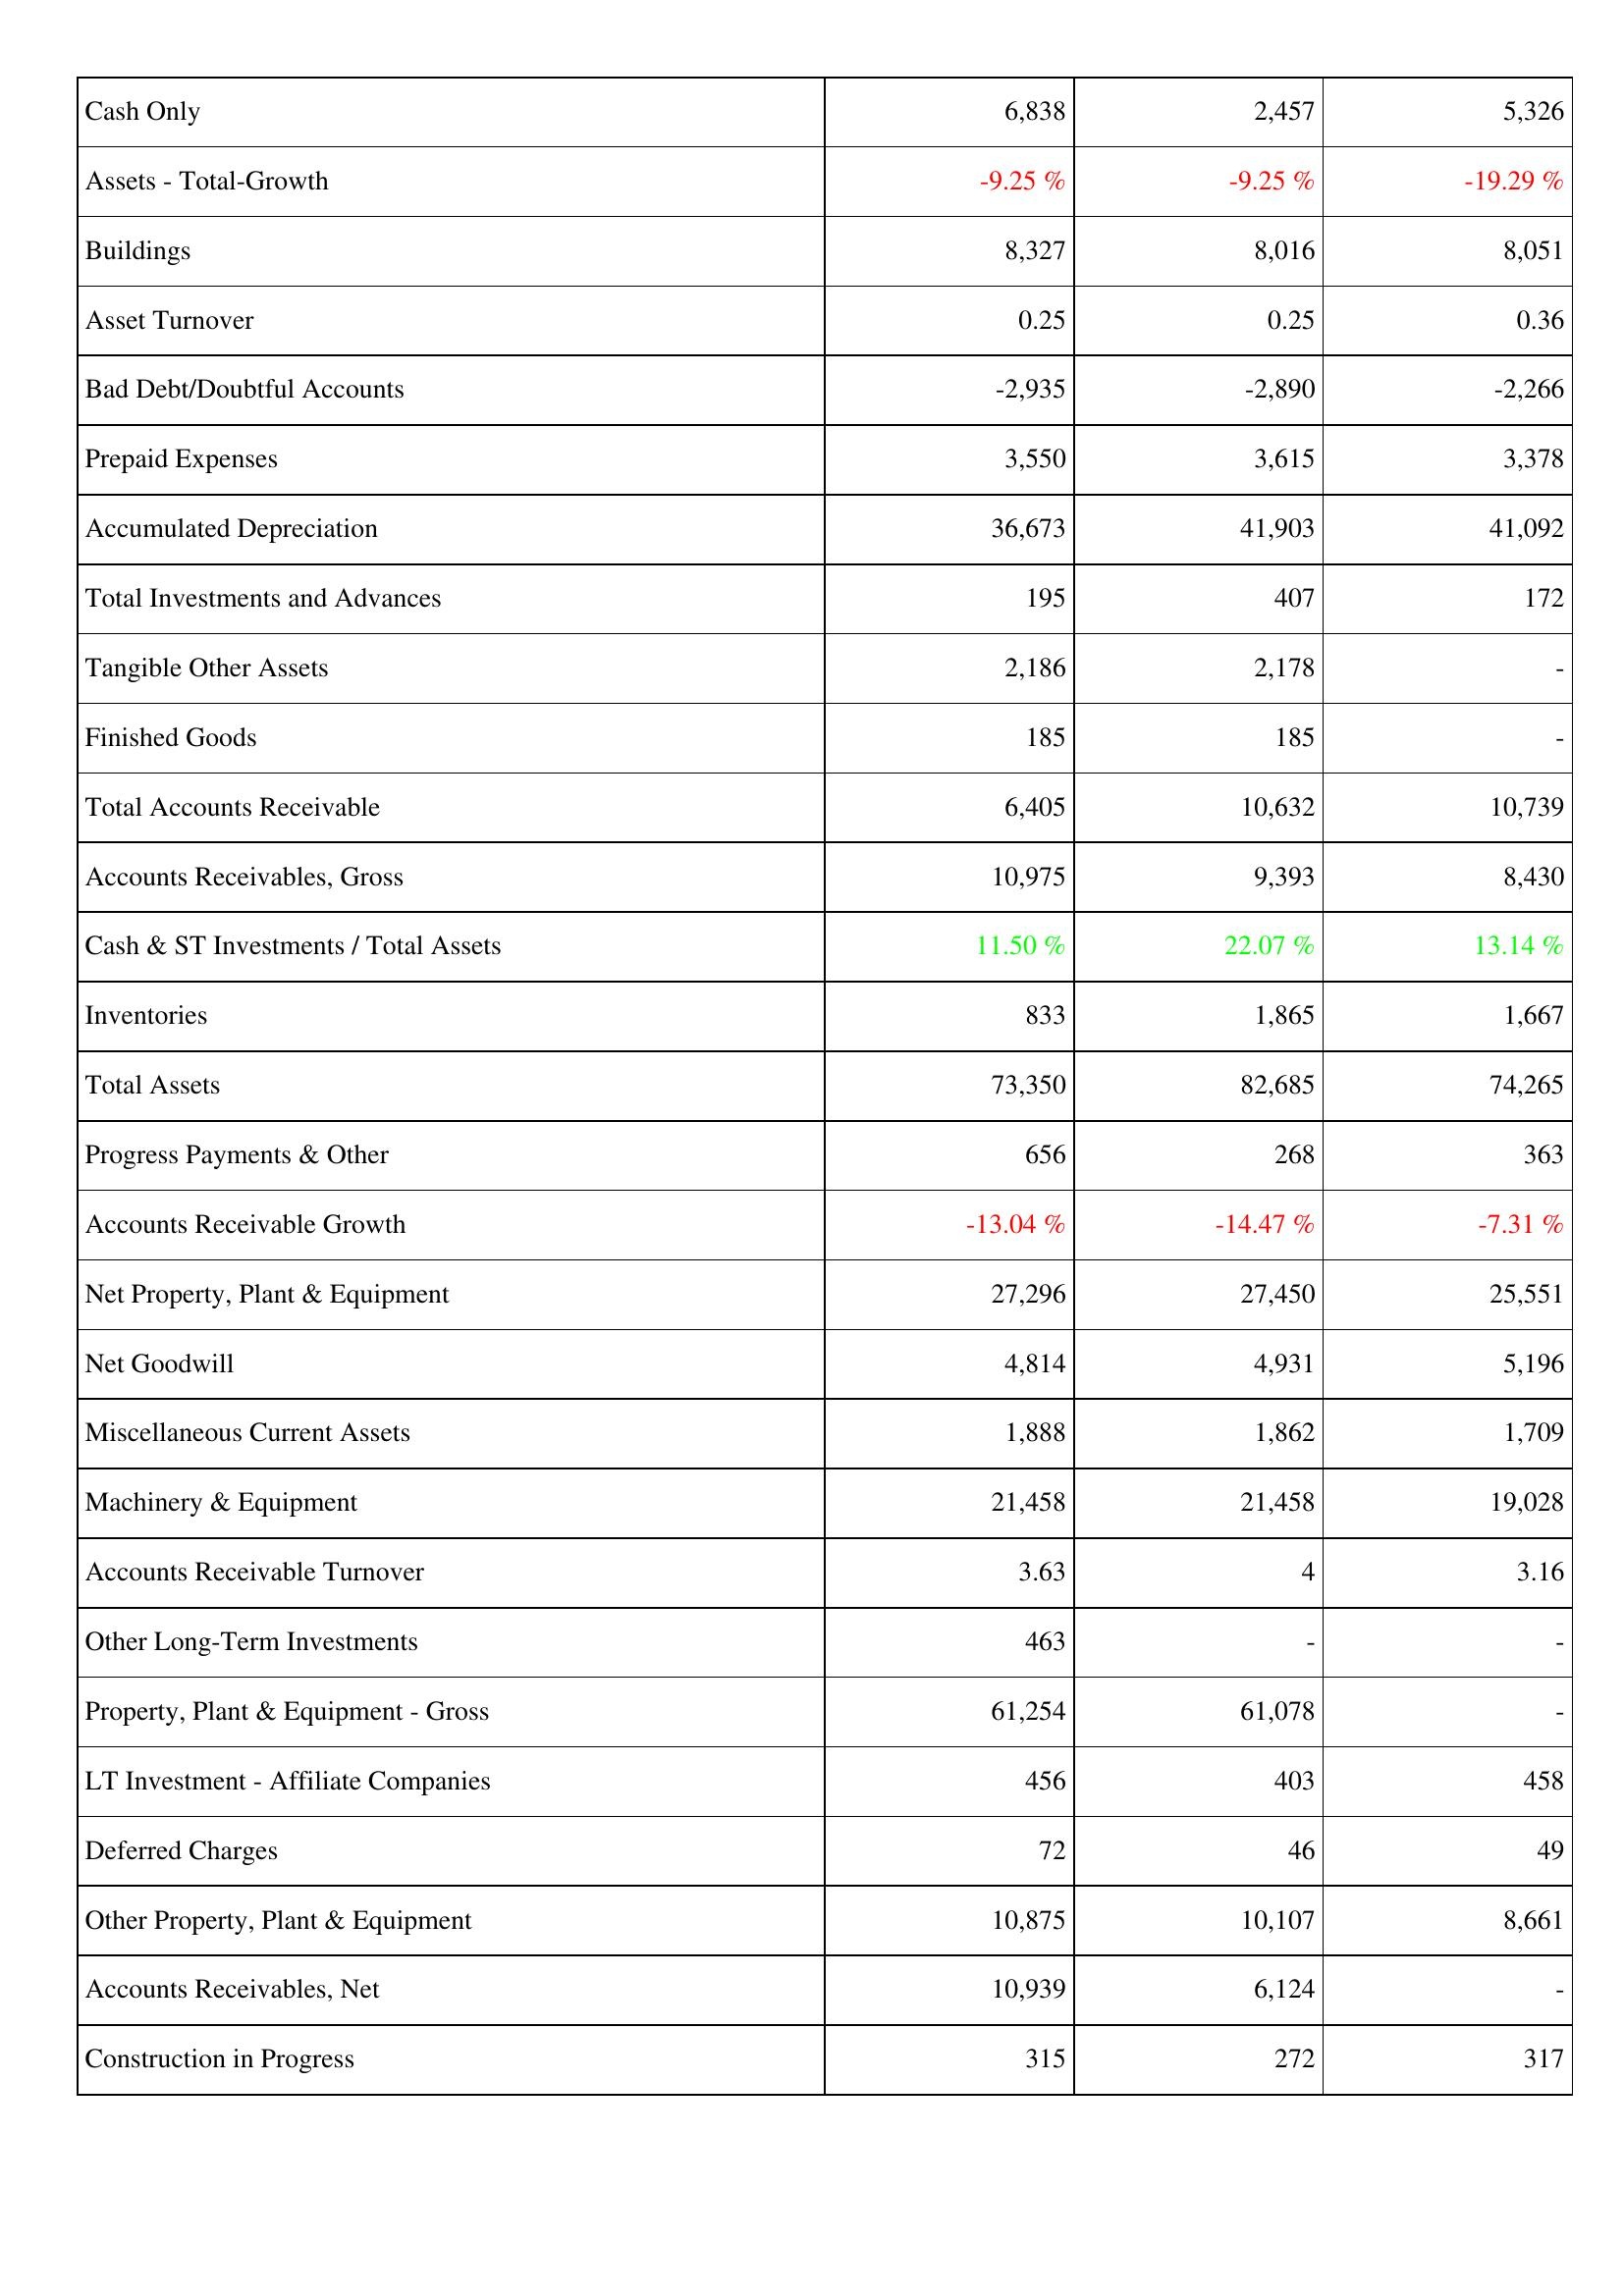
2020: Assets: Cash Only: 6,838
Assets - Total-Growth: -9.25 %
Buildings: 8,327
Asset Turnover: 0.25
Bad Debt/Doubtful Accounts: -2,935
Prepaid Expenses: 3,550
Accumulated Depreciation: 36,673
Total Investments and Advances: 195
Tangible Other Assets: 2,186
Finished Goods: 185
Total Accounts Receivable: 6,405
Accounts Receivables, Gross: 10,975
Cash & ST Investments / Total Assets: 11.50 %
Inventories: 833
Total Assets: 73,350
Progress Payments & Other: 656
Accounts Receivable Growth: -13.04 %
Net Property, Plant & Equipment: 27,296
Net Goodwill: 4,814
Miscellaneous Current Assets: 1,888
Machinery & Equipment: 21,458
Accounts Receivable Turnover: 3.63
Other Long-Term Investments: 463
Property, Plant & Equipment - Gross: 61,254
LT Investment - Affiliate Companies: 456
Deferred Charges: 72
Other Property, Plant & Equipment: 10,875
Accounts Receivables, Net: 10,939
Construction in Progress: 315
2021: Assets: Cash Only: 2,457
Assets - Total-Growth: -9.25 %
Buildings: 8,016
Asset Turnover: 0.25
Bad Debt/Doubtful Accounts: -2,890
Prepaid Expenses: 3,615
Accumulated Depreciation: 41,903
Total Investments and Advances: 407
Tangible Other Assets: 2,178
Finished Goods: 185
Total Accounts Receivable: 10,632
Accounts Receivables, Gross: 9,393
Cash & ST Investments / Total Assets: 22.07 %
Inventories: 1,865
Total Assets: 82,685
Progress Payments & Other: 268
Accounts Receivable Growth: -14.47 %
Net Property, Plant & Equipment: 27,450
Net Goodwill: 4,931
Miscellaneous Current Assets: 1,862
Machinery & Equipment: 21,458
Accounts Receivable Turnover: 4
Other Long-Term Investments: -
Property, Plant & Equipment - Gross: 61,078
LT Investment - Affiliate Companies: 403
Deferred Charges: 46
Other Property, Plant & Equipment: 10,107
Accounts Receivables, Net: 6,124
Construction in Progress: 272
2022: Assets: Cash Only: 5,326
Assets - Total-Growth: -19.29 %
Buildings: 8,051
Asset Turnover: 0.36
Bad Debt/Doubtful Accounts: -2,266
Prepaid Expenses: 3,378
Accumulated Depreciation: 41,092
Total Investments and Advances: 172
Tangible Other Assets: -
Finished Goods: -
Total Accounts Receivable: 10,739
Accounts Receivables, Gross: 8,430
Cash & ST Investments / Total Assets: 13.14 %
Inventories: 1,667
Total Assets: 74,265
Progress Payments & Other: 363
Accounts Receivable Growth: -7.31 %
Net Property, Plant & Equipment: 25,551
Net Goodwill: 5,196
Miscellaneous Current Assets: 1,709
Machinery & Equipment: 19,028
Accounts Receivable Turnover: 3.16
Other Long-Term Investments: -
Property, Plant & Equipment - Gross: -
LT Investment - Affiliate Companies: 458
Deferred Charges: 49
Other Property, Plant & Equipment: 8,661
Accounts Receivables, Net: -
Construction in Progress: 317